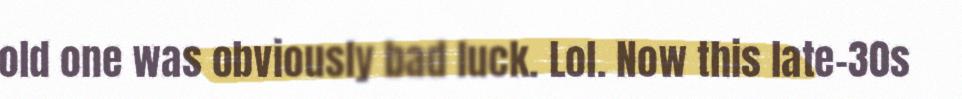
old one was obviously bad luck. Lol. Now this late-30s